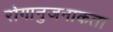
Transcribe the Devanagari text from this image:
रोगानुजनाकता